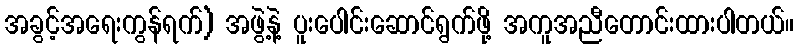
အခွင့်အရေးကွန်ရက်) အဖွဲ့နဲ့ ပူးပေါင်းဆောင်ရွက်ဖို့ အကူအညီတောင်းထားပါတယ်။